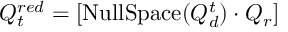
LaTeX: Q _ { t } ^ { r e d } = \left[ { \mathrm { N u l l S p a c e } } ( Q _ { d } ^ { t } ) \cdot Q _ { r } \right]